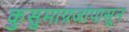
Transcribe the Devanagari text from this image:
कुसुमाग्रजांपासून